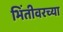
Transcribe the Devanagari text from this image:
भिंतीवरच्या